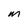
Character: M